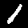
Digit: 1